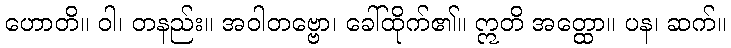
ဟောတိ။ ဝါ၊ တနည်း။ အဝါတဗ္ဗော၊ ခေါ်ထိုက်၏။ ဣတိ အတ္ထော။ ပန၊ ဆက်။